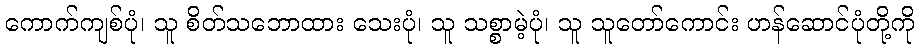
ကောက်ကျစ်ပုံ၊ သူ စိတ်သဘောထား သေးပုံ၊ သူ သစ္စာမဲ့ပုံ၊ သူ သူတော်ကောင်း ဟန်ဆောင်ပုံတို့ကို